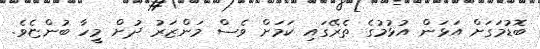
ބޮޑުމަގަށް އަޅަން އުޅުމުގެ ތެރޭގައި ކަމަށް ވެސް މަންޒަރު ދުށް މީހާ ބުންޏެވެ.